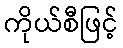
ကိုယ်စီဖြင့်